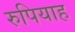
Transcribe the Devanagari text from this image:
रुपियाह